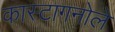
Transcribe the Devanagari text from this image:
कास्टागनोले